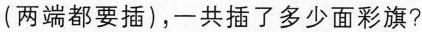
(两端都要插)，一共插了多少面彩旗?